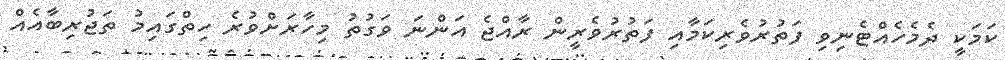
ކަމަކީ ދެމެހެއްޓެނިވި ފަތުރުވެރިކަމާއި ފަތުރުވެރީން ރާއްޖެ އަންނަ ވަގުތު މިހާރަށްވުރެ ހިތްގައިމު ތަޖުރިބާއެއް